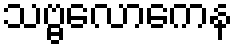
သဗ္ဗလောကေန